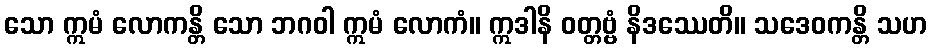
သော ဣမံ လောကန္တိ သော ဘဂဝါ ဣမံ လောကံ။ ဣဒါနိ ဝတ္တဗ္ဗံ နိဒဿေတိ။ သဒေဝကန္တိ သဟ